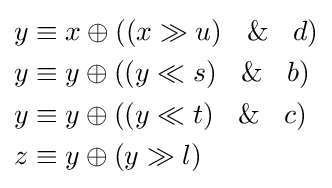
{\begin{aligned}y&\equiv x\oplus ((x\gg u)~\And ~d)\\y&\equiv y\oplus ((y\ll s)~\And ~b)\\y&\equiv y\oplus ((y\ll t)~\And ~c)\\z&\equiv y\oplus (y\gg l)\end{aligned}}